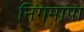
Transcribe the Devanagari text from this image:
निंगमापा